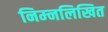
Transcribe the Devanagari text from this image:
निम्‍नलिखित